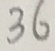
3 6